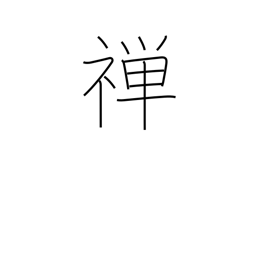
Meaning: silent meditation